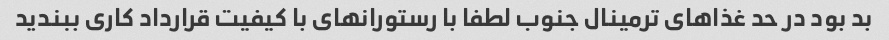
بد بود در حد غذاهای ترمینال جنوب لطفا با رستورانهای با کیفیت قرارداد کاری ببندید